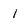
Character: I